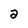
Character: a